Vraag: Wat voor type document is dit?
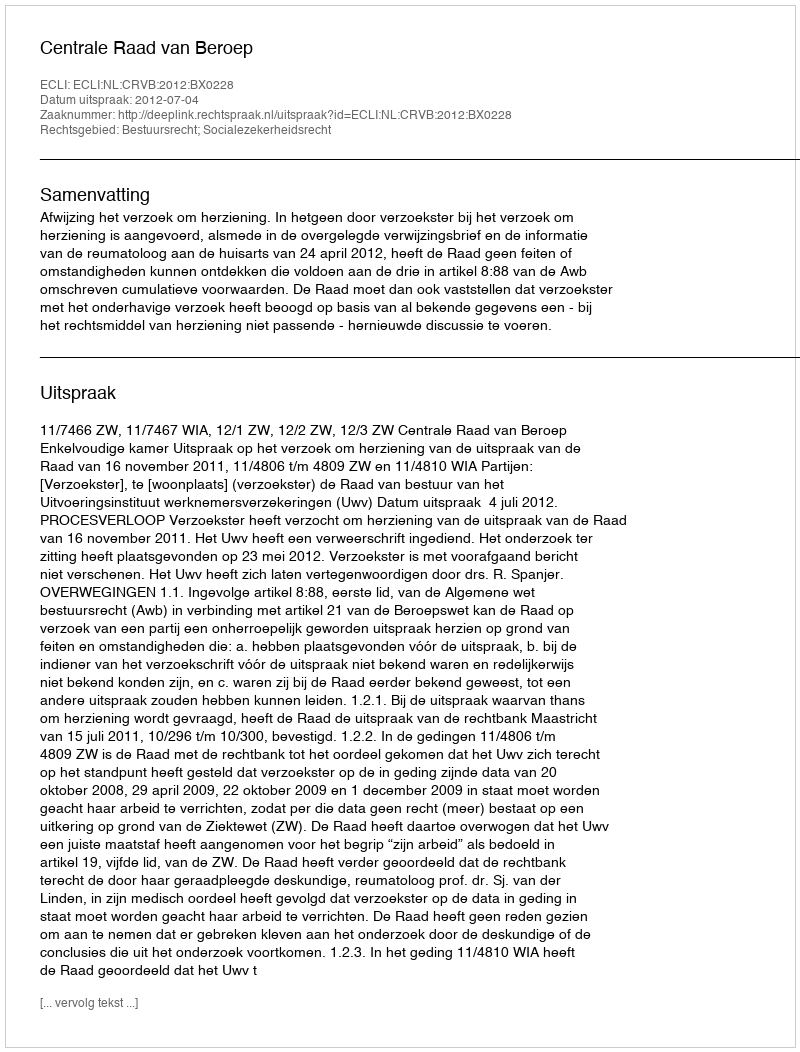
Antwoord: Uitspraak